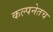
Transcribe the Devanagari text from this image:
कल्पनेतच